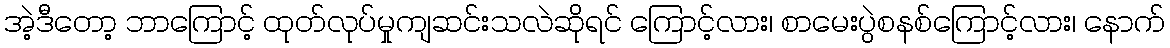
အဲ့ဒီတော့ ဘာကြောင့် ထုတ်လုပ်မှုကျဆင်းသလဲဆိုရင် ကြောင့်လား၊ စာမေးပွဲစနစ်ကြောင့်လား၊ နောက်